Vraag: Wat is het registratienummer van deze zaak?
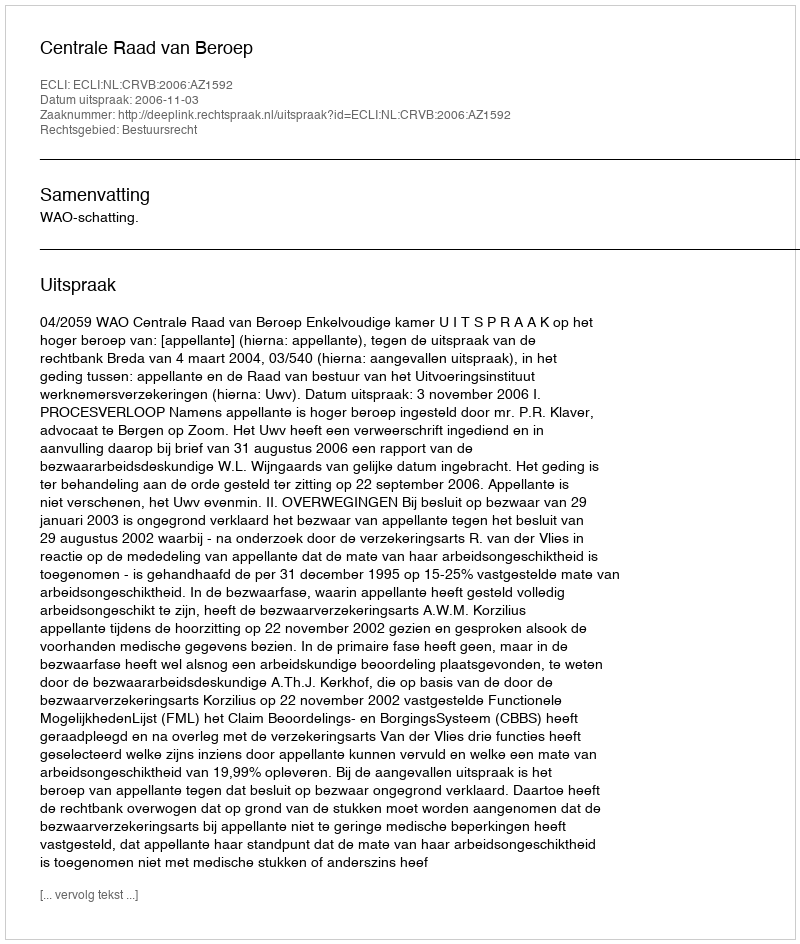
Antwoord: http://deeplink.rechtspraak.nl/uitspraak?id=ECLI:NL:CRVB:2006:AZ1592